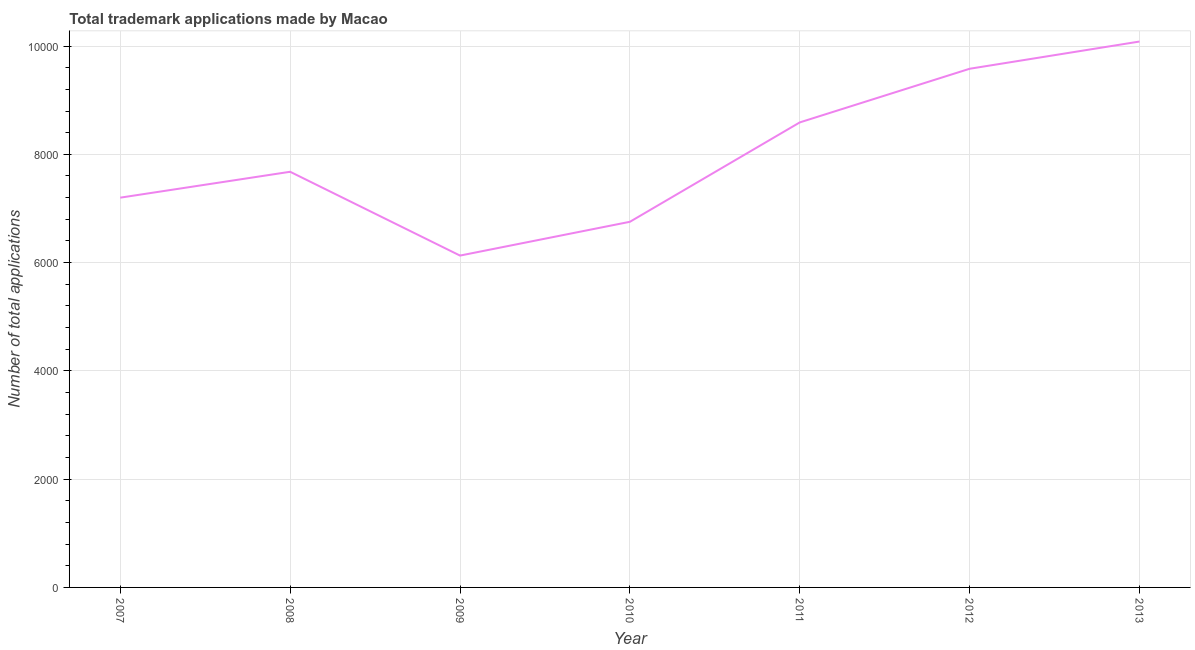
| Year | Trademark applications |
 | --- | --- |
 | 2007 | 7.2e+03 |
 | 2008 | 7.68e+03 |
 | 2009 | 6.13e+03 |
 | 2010 | 6.75e+03 |
 | 2011 | 8.59e+03 |
 | 2012 | 9.58e+03 |
 | 2013 | 1.01e+04 |